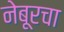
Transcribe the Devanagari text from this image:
नेबूरचा